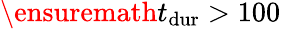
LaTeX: \ensuremath{t_{\mathrm{dur}}}>100